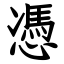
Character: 憑